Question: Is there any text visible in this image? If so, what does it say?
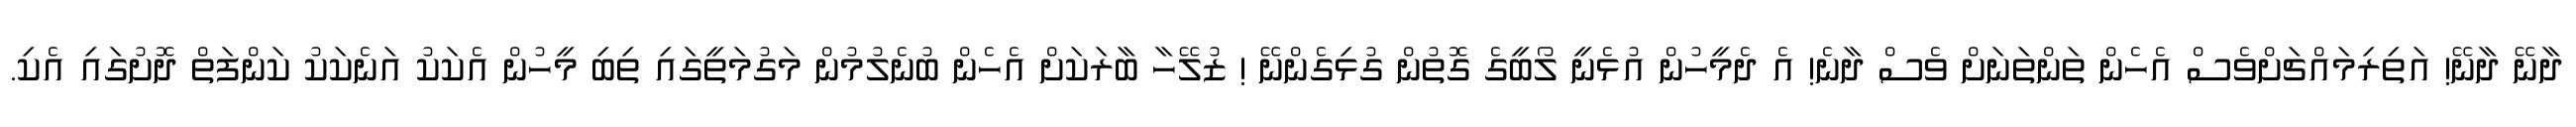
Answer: ދާނޭ ދާނޭ! އަތިރިމައްޗަށްވެސް އެހެން ތަންތަނަށް ވެސް ދާނެ! އެ ދެމީހުން އުޅެނީ ލޯބީގެ ގޮތުން ގުޅިގެންނޭ ! ޒުލޭހާ ބާރަކަށް އެހެން ބުނެލުމުން މަގުމަތީގައި ތިބި މީހުން އެކަކު އަނެކަކު ކަންފަތް ދޮށުގައި އެކި.